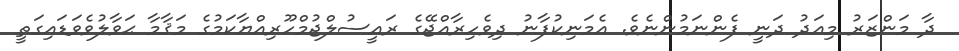
ދާ މަންޒަރު މިއަދު ދަނީ ފެންނަމުންނެވެ. އެމަނިކުފާނު ދިވެހިރާއްޖޭގެ ރައީސުލްޖުމްހޫރިއްޔާކަމުގެ މަޤާމާ ޙަވާލުވެވަޑައިގަތީ